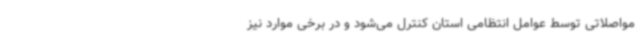
مواصلاتی توسط عوامل انتظامی استان کنترل می‌شود و در برخی موارد نیز